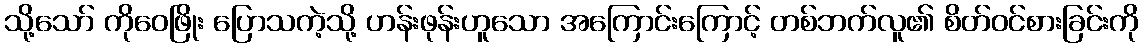
သို့သော် ကိုဝေဖြိုး ပြောသကဲ့သို့ ဟန်းဖုန်းဟူသော အကြောင်းကြောင့် တစ်ဘက်လူ၏ စိတ်ဝင်စားခြင်းကို